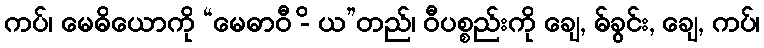
ကပ်၊ မေဓိယောကို “မေဓာဝီ -ိ ယ”တည်၊ ဝီပစ္စည်းကို ချေ, ဓ်ခွင်း, ချေ, ကပ်၊